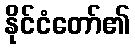
နိုင်ငံတော်၏